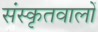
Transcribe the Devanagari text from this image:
संस्कृतवालों